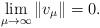
LaTeX: \begin{align*} \lim_{\mu\to\infty}\|v_\mu\|=0. \end{align*}